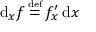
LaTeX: \operatorname { d } _ { x } \! f \, { \overset { \underset { \mathrm { d e f } } { } } { = } } \, f _ { x } ^ { \prime } \operatorname { d } \! x